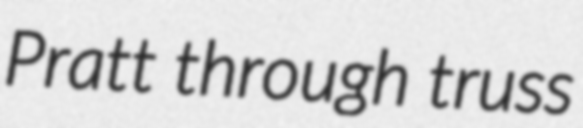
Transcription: Pratt through truss